Code of medical and sanitary regulations for the guidance of medical officers serving in the Madras Presidency - Volume II
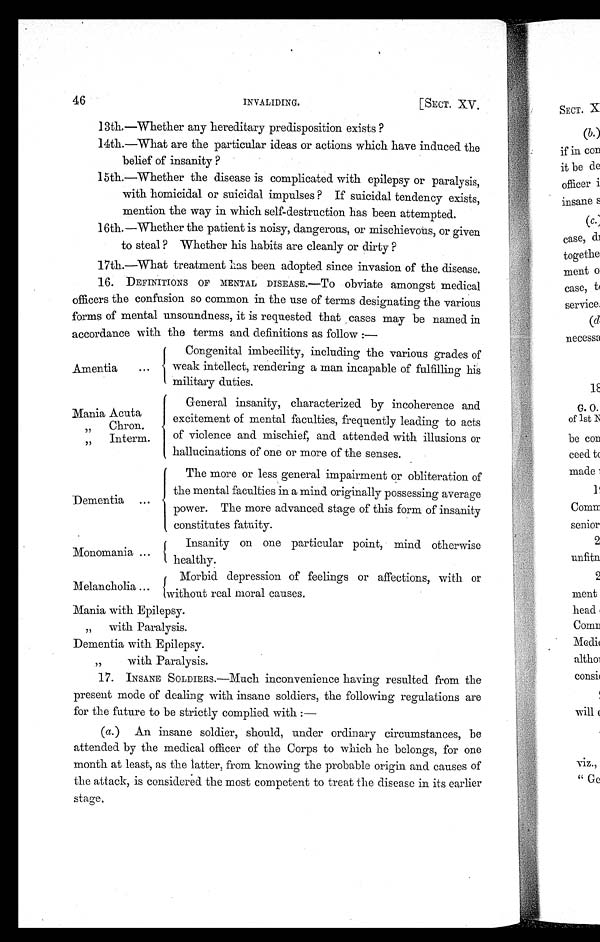
46
[SECT. XV.
INVALIDING.
13th.—Whether any hereditary predisposition exists ?
14th.—What are the particular ideas or actions which have induced the
belief of insanity ?
15th.—Whether the disease is complicated with epilepsy or paralysis,
with homicidal or suicidal impulses ? If suicidal tendency exists,
mention the way in which self-destruction has been attempted.
16th. — W hether the patient is noisy, dangerous, or mischievous, or given
to steal ? Whether his habits are cleanly or dirty ?
17th.—What treatment has been adopted since invasion of the disease.
16.
DEFINITIONS OF MENTAL DISEASE.—To obviate amongst medical
officers the confusion so common in the use of terms designating the various
forms of mental unsoundness, it is requested that cases may be named in
accordance with the terms and definitions as follow :—
Amentia
...
Congenital imbecility, including the various grades of
weak intellect, rendering a man incapable of fulfilling his
military duties.
Mania Acuta
„
Chron.
Interm.
General insanity, characterized by incoherence and
excitement of mental faculties, frequently leading to acts
of violence and mischief, and attended with illusions or
hallucinations of one or more of the senses.
Dementia ...
The more or less general impairment or obliteration of
the mental faculties in a mind originally possessing average
power. The more advanced stage of this form of insanity
constitutes fatuity.
Monomania ...
Insanity
on one particular point, mind otherwise
healthy.
Melancholia ...
Morbid depression of feelings or affections, with or
without real moral causes.
Mania with Epilepsy.
„ with Paralysis.
Dementia with Epilepsy.
, , w i t h
P a r a l y s i s .
17.
INSANE SOLDIERS.—Much inconvenience having resulted from the
present mode of dealing with insane soldiers, the following regulations are
for the future to be strictly complied with :
—
(a.) An insane soldier, should, under ordinary circumstances, be
attended by the medical officer of the Corps to which he belongs, for one
month at least, as the tatter, from knowing the probable origin and causes of
the attack, is considered the most competent to treat the disease in its earlier
stage.